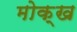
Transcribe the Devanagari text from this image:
मोक्ख